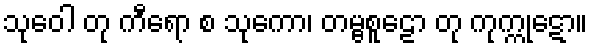
သုဝေါ တု ကီရော စ သုကော၊ တမ္ဗစူဠော တု ကုက္ကုဋော။